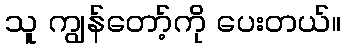
သူ ကျွန်တော့်ကို ပေးတယ်။